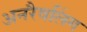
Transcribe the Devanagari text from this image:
अनरैवलिंग